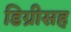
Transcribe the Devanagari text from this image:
डिग्रीसह